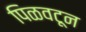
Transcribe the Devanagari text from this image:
पिळवटून